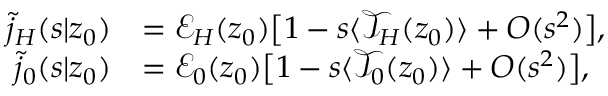
\begin{array} { r l } { \tilde { j } _ { H } ( s | z _ { 0 } ) } & { = \mathcal { E } _ { H } ( z _ { 0 } ) \bigl [ 1 - s \langle \mathcal { T } _ { H } ( z _ { 0 } ) \rangle + O ( s ^ { 2 } ) \bigr ] , } \\ { \tilde { j } _ { 0 } ( s | z _ { 0 } ) } & { = \mathcal { E } _ { 0 } ( z _ { 0 } ) \bigl [ 1 - s \langle \mathcal { T } _ { 0 } ( z _ { 0 } ) \rangle + O ( s ^ { 2 } ) \bigr ] , } \end{array}